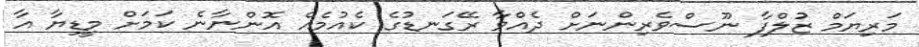
މަރިޔަމް ޒުލްފާ ނޫސްވެރިންނަށް ދެއްވާ ރޭގަނޑުގެ ކެއުމެއް އޮންނާނެ ކަމަށް މީޑިޔާ އާ